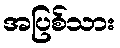
အပြစ်သား